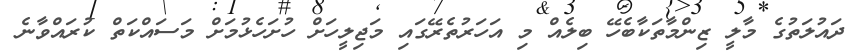
ދައުލަތުގެ މާލީ ޒިންމާތަކާބެހޭ ބިލެއް މި އަހަރުތެރޭގައި މަޖިލީހަށް ހުށަހެޅުމަށް މަސައްކަތް ކުރައްވާނެ